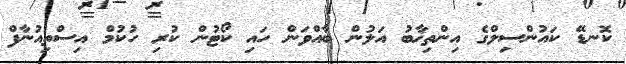
ކޮނޑޭ ކައުންސިލްގެ އިންތިޚާބު އަލުން ބާއްވަން ހައި ކޯޓުން ކުރި ހުކުމް އިސްތިއުނާފް